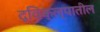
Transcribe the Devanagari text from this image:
द्विक्ल्पातील